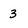
Character: 3